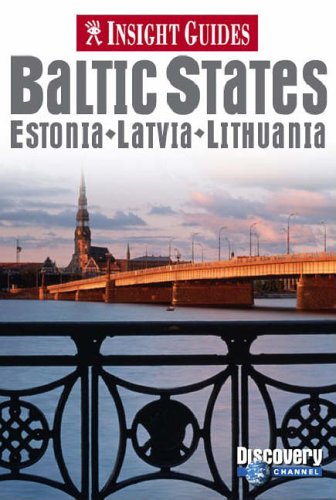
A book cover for Baltic States Insight Guide (Insight Guides); *             ; Travel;